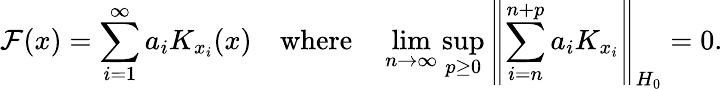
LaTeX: \mathcal{F}(x)=\sum_{i=1}^{\infty}a_{i}K_{x_{i}}(x)\quad{\mathrm{{where}}}\quad\operatorname*{lim}_{n\to\infty}\operatorname*{sup}_{p\geq0}\left\| \sum_{i=n}^{n+p}a_{i}K_{x_{i}}\right\| _{H_{0}}=0.